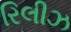
રિલીઝ